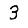
Digit: 3